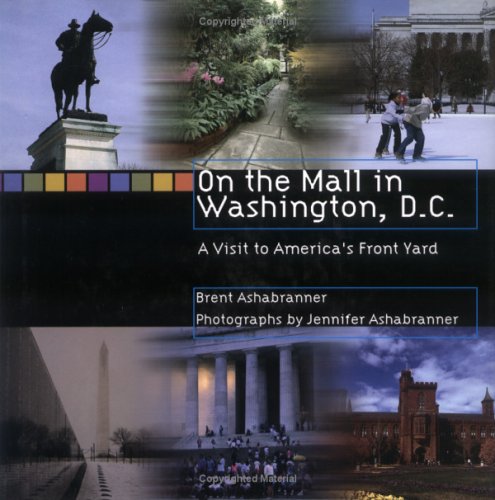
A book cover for On The Mall In Washington Dc (Exceptional Social Studies Titles for Upper Grades); Brent Ashabranner; Travel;